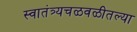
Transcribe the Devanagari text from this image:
स्वातंत्र्यचळवळीतल्या